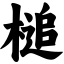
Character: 槌